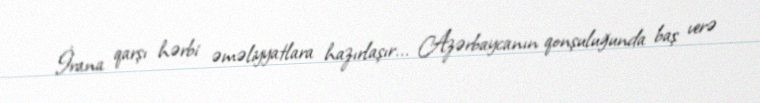
İrana qarşı hərbi əməliyyatlara hazırlaşır... Azərbaycanın qonşuluğunda baş verə